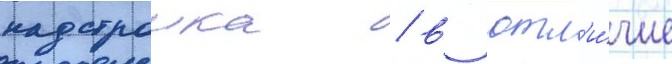
надстроика / в отл'и́чие